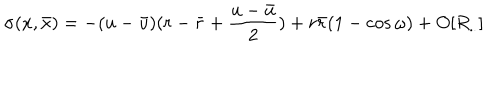
LaTeX: \sigma ( x , { \bar { x } } ) = - ( u - { \bar { u } } ) ( r - { \bar { r } } + \frac { u - { \bar { u } } } { 2 } ) + r { \bar { r } } ( 1 - \cos \omega ) + O [ R _ { . . } ]